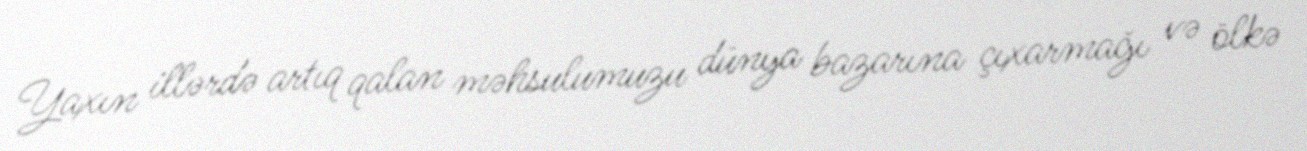
Yaxın illərdə artıq qalan məhsulumuzu dünya bazarına çıxarmağı və ölkə